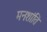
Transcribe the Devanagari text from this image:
मनःशांति